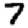
Digit: 7